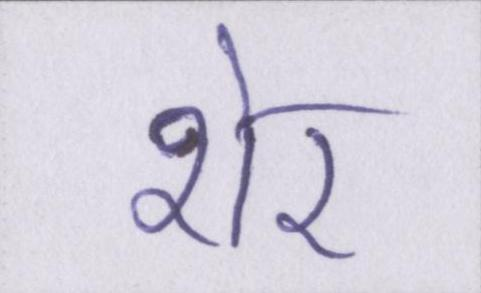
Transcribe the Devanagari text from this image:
शेर